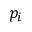
p _ { i }